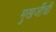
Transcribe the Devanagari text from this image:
मुखर्जीची